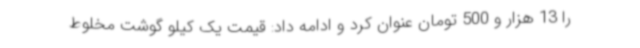
را 13 هزار و 500 تومان عنوان کرد و ادامه داد: قیمت یک کیلو گوشت مخلوط